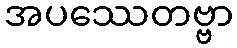
အပဿေတဗ္ဗာ